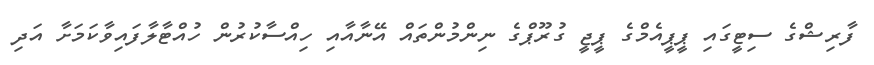
ފާރިޝްގެ ސިޓީގައި ޕީޕީއެމްގެ ޕީޖީ ގުރޫޕްގެ ނިންމުންތައް އޭނާއާއި ހިއްސާކުުރުން ހުއްޓާލާފައިވާކަމަށާ އަދި